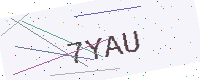
Text: 7YAU